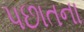
પછાતના